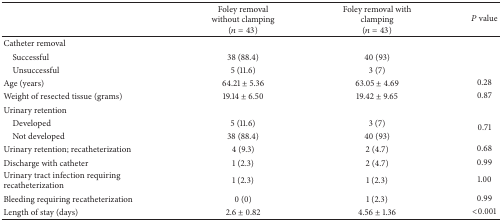
|  | Foley removal without clamping(n = 43) | Foley removal with clamping(n = 43) | P value |
 | --- | --- | --- | --- |
 | Catheter removal |  |  |  |
 | Successful | 38 (88.4) | 40 (93) |  |
 | Unsuccessful | 5 (11.6) | 3 (7) |  |
 | Age (years) | 64.21 ± 5.36 | 63.05 ± 4.69 | 0.28 |
 | Weight of resected tissue (grams) | 19.14 ± 6.50 | 19.42 ± 9.65 | 0.87 |
 | Urinary retention |  |  |  |
 | Developed | 5 (11.6) | 3 (7) | <ROWSPAN=2> 0.71 |
 | Not developed | 38 (88.4) | 40 (93) |
 | Urinary retention; recatheterization | 4 (9.3) | 2 (4.7) | 0.68 |
 | Discharge with catheter | 1 (2.3) | 2 (4.7) | 0.99 |
 | Urinary tract infection requiring recatheterization | 1 (2.3) | 1 (2.3) | 1.00 |
 | Bleeding requiring recatheterization | 0 (0) | 1 (2.3) | 0.99 |
 | Length of stay (days) | 2.6 ± 0.82 | 4.56 ± 1.36 | <0.001 |